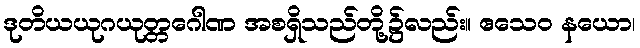
ဒုတိယယုဂယုတ္တဂေါဏ အစရှိသည်တို့၌လည်း။ ဧသေဝ နယော၊